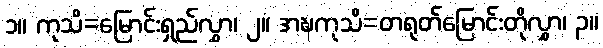
၁။ ကုသိ=မြောင်းရှည်လွှာ၊ ၂။ အဍ္ဎကုသိ=တရုတ်မြောင်းတိုလွှာ၊ ၃။